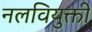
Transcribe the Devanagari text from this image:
नलवियुक्ती